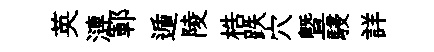
英漣鄆遁陵梏跌穴暨駸詳